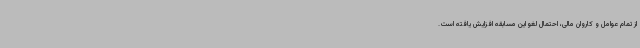
از تمام عوامل و کاروان مالی، احتمال لغو این مسابقه افزایش یافته است.